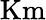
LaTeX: \mathrm{Km}